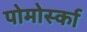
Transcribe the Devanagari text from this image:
पोमोर्स्का